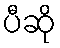
ပီဆို